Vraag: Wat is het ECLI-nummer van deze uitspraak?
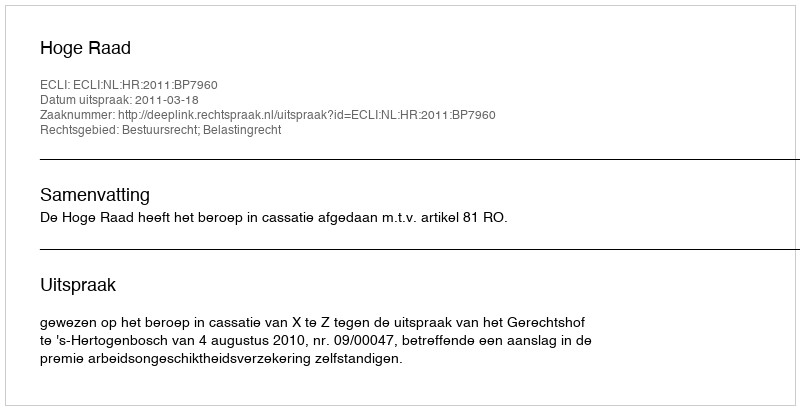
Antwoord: ECLI:NL:HR:2011:BP7960